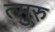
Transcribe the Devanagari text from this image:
त्सुरु